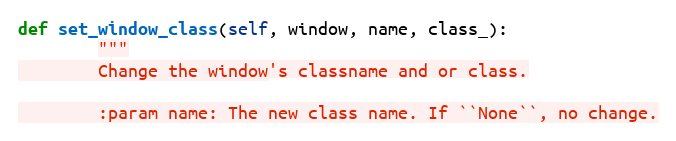
Language: Python
def set_window_class(self, window, name, class_):
        """
        Change the window's classname and or class.

        :param name: The new class name. If ``None``, no change.